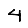
Digit: 4